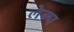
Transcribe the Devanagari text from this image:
लेम्प